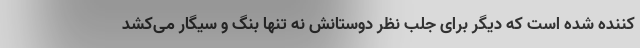
کننده شده است که دیگر برای جلب نظر دوستانش نه تنها بنگ و سیگار می‌کشد